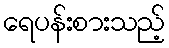
ရေပန်းစားသည့်